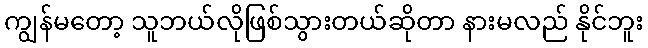
ကျွန်မတော့ သူဘယ်လိုဖြစ်သွားတယ်ဆိုတာ နားမလည် နိုင်ဘူး